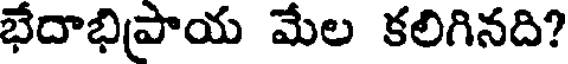
భేదాభిపాయ మేల కలిగినది?